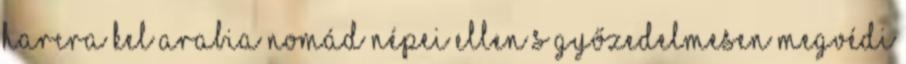
harcra kel Arabia nomád népei ellen s győzedelmesen megvédi